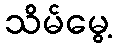
သိမ်မွေ့